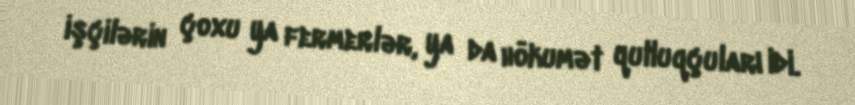
işçilərin çoxu ya fermerlər, ya da hökumət qulluqçuları idi.